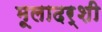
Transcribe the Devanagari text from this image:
मूलादर्शी